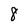
Character: 8